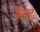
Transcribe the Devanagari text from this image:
विनाद